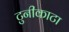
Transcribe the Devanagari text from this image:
टुनीकाटा